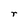
Character: r